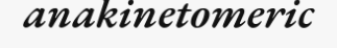
anakinetomeric